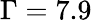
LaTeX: \Gamma=7.9